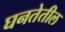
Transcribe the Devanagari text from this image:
घनतेतील